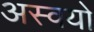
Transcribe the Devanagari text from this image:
अस्वयो